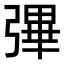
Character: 彃